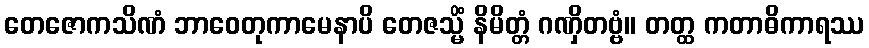
တေဇောကသိဏံ ဘာဝေတုကာမေနာပိ တေဇသ္မိံ နိမိတ္တံ ဂဏှိတဗ္ဗံ။ တတ္ထ ကတာဓိကာရဿ